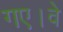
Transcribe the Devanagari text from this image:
गए।वे